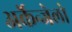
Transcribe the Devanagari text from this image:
अर्केन्जेलो